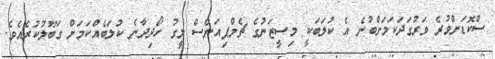
ސްކޮޑަށްވުރެ ވަރުގަދަކަމަށްބުނެ އެ ކުލަބަކީ މިސީޒަނުގެ ޗެމްޕިއަންސް ލީގު ހޯދިދާނެ ކުލަބެއްކަމަށް ގަބޫލުކުރެއެވެ.